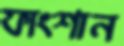
ফাংশান